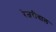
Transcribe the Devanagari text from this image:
रेजरीवाल